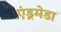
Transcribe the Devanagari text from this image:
एंड्रमेडा